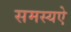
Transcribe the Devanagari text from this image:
समस्यऐ